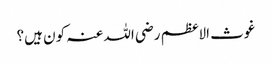
غوث الاعظم رضی اللہ عنہ کون ہیں؟